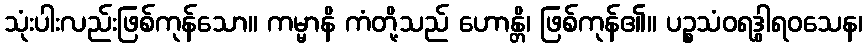
သုံးပါးလည်းဖြစ်ကုန်သော။ ကမ္မာနိ ကံတို့သည် ဟောန္တိ၊ ဖြစ်ကုန်၏။ ပဉ္စသံဝရဒွါရဝသေန၊